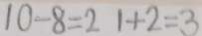
1 0 - 8 = 2 1 + 2 = 3